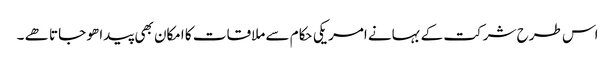
اس طرح شرکت کے بہانے امریکی حکام سے ملاقات کا امکان بھی پیدا ھو جاتا ھے ۔